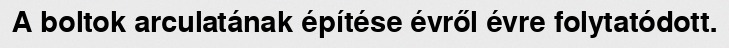
A boltok arculatának építése évről évre folytatódott.